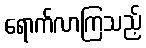
ရောက်လာကြသည့်